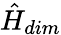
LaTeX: \hat{H}_{dim}